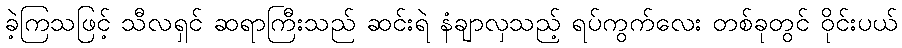
ခဲ့ကြသဖြင့် သီလရှင် ဆရာကြီးသည် ဆင်းရဲ နံချာလှသည့် ရပ်ကွက်လေး တစ်ခုတွင် ဝိုင်းပယ်